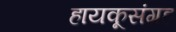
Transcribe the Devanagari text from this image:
हायकूसंग्रह